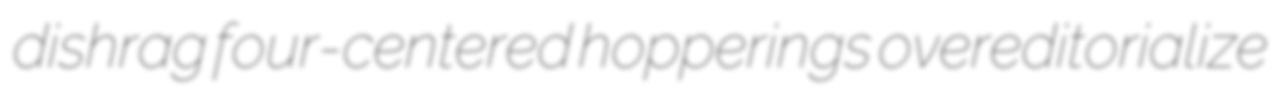
dishrag four-centered hopperings overeditorialize